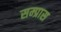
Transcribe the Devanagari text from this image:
सम्प्रास